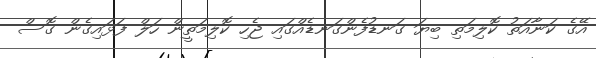
އޭގެ ކަނާއަތު ކޮލިމަތި ބިޔަ ގަނޑުފެންގަނޑެއްގައި ޖެހި ކޮލިމަތީން ހަލް ފަޅައިގެން ގޮސް